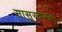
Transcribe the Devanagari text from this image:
सासूरवास५